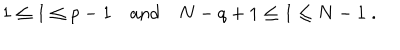
LaTeX: 1 \leq I \leq p - 1 \quad \mathrm { a n d } \quad N - q + 1 \leq I \leq N - 1 \; .